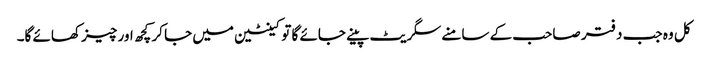
کل وہ جب دفتر صاحب کے سامنے سگریٹ پینے جائے گا تو کینٹین میں جا کر کچھ اور چیز کھائے گا۔